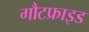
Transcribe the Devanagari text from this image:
गौटफ्राइड